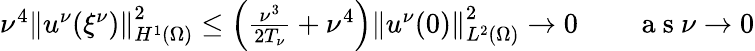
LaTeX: \begin{array}{r}{\nu^{4}\left\lVert u^{\nu}({\xi^{\nu}})\right\rVert_{H^{1}(\Omega)}^{2}\le\left(\frac{\nu^{3}}{2T_{\nu}}+\nu^{4}\right)\left\lVert u^{\nu}(0)\right\rVert_{L^{2}(\Omega)}^{2}\to 0\qquad\mathrm{~a~s~}\nu\to 0}\end{array}